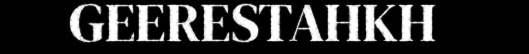
GEERESTAHKH